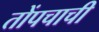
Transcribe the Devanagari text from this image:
तोंपचाची